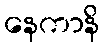
နေကာနိ